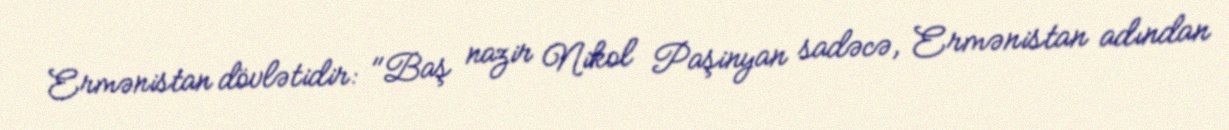
Ermənistan dövlətidir: "Baş nazir Nikol Paşinyan sadəcə, Ermənistan adından